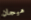
هيجان